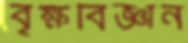
বৃক্ষবিজ্ঞান